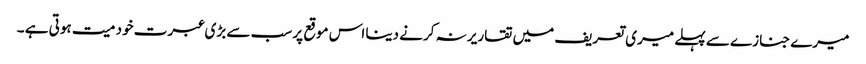
میرے جنازے سے پہلے میری تعریف میں تقاریر نہ کرنے دینا اس موقع پر سب سے بڑی عبرت خود میت ہوتی ہے ۔